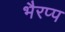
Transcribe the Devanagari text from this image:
भैरप्प